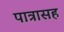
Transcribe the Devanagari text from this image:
पात्रासह